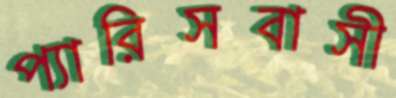
প্যারিসবাসী